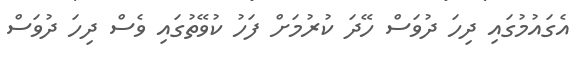
އެގައުމުގައި ދިހަ ދުވަސް ހޭދަ ކުރުމަށް ފަހު ކުވޭތުގައި ވެސް ދިހަ ދުވަސް